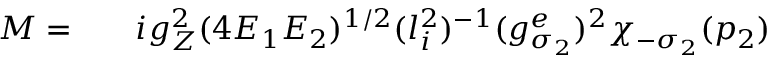
\begin{array} { r l r } { { \cal M } = } & { { } } & { i g _ { Z } ^ { 2 } ( 4 E _ { 1 } E _ { 2 } ) ^ { 1 / 2 } ( l _ { i } ^ { 2 } ) ^ { - 1 } ( g _ { \sigma _ { 2 } } ^ { e } ) ^ { 2 } \chi _ { - \sigma _ { 2 } } ( p _ { 2 } ) } \end{array}